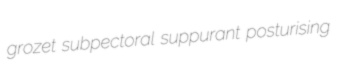
grozet subpectoral suppurant posturising